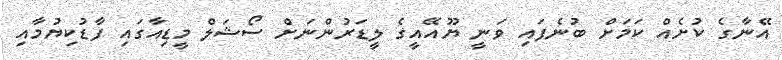
އޭނާގެ ކުށެއް ކަމަށް ބުނެފައި ވަނީ ޔޫއޭއީގެ ލީޑަރުންނަށް ސޯޝަލް މީޑިއާގައި ފާޑުކިޔުމާއި